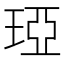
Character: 𤦩